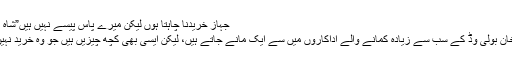
جہاز خریدنا چاہتا ہوں لیکن میرے پاس پیسے نہیں ہیں”شاہ رخ خان”
شاہ رخ خان بولی وڈ کے سب سے زیادہ کمانے والے اداکاروں میں سے ایک مانے جاتے ہیں، لیکن ایسی بھی کچھ چیزیں ہیں جو وہ خرید نہیں سکتے۔